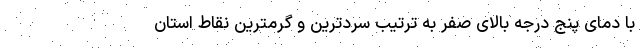
با دمای پنج درجه بالای صفر به ترتیب سردترین و گرمترین نقاط استان